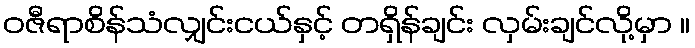
ဝဇီရာစိန်သံလျှင်းငယ်နှင့် တရှိန်ချင်း လှမ်းချင်လို့မှာ ။